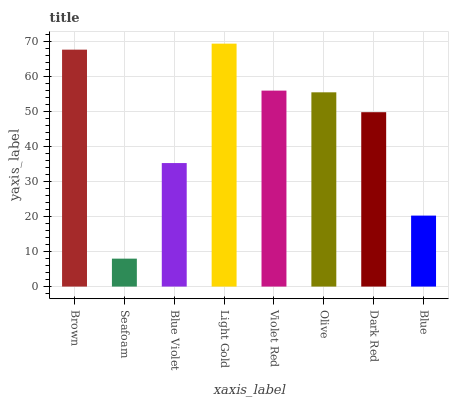
| xaxis_label | bars |
 | --- | --- |
 | Brown | 67.8 |
 | Seafoam | 7.99 |
 | Blue Violet | 35.3 |
 | Light Gold | 69.5 |
 | Violet Red | 56 |
 | Olive | 55.6 |
 | Dark Red | 49.9 |
 | Blue | 20.3 |